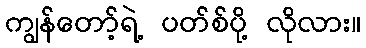
ကျွန်တော့်ရဲ့ ပတ်စ်ပို့ လိုလား။